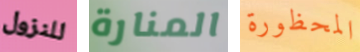
للنزول المنارة المحظورة